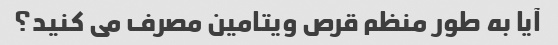
آیا به طور منظم قرص ویتامین مصرف می کنید؟